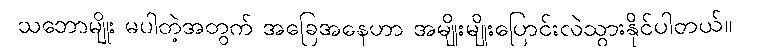
သဘောမျိုး မပါတဲ့အတွက် အခြေအနေဟာ အမျိုးမျိုးပြောင်းလဲသွားနိုင်ပါတယ်။